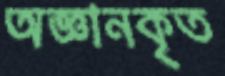
অজ্ঞানকৃত